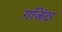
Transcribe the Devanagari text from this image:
गजिंदर